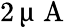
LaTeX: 2\, \upmu\mathrm{~A~}